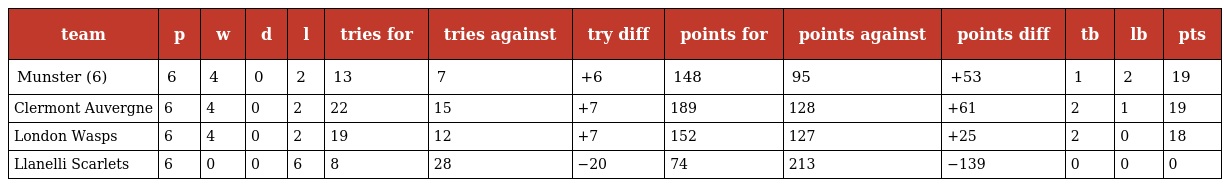
| team | p | w | d | l | tries for | tries against | try diff | points for | points against | points diff | tb | lb | pts |
 | --- | --- | --- | --- | --- | --- | --- | --- | --- | --- | --- | --- | --- | --- |
 | Munster (6) | 6 | 4 | 0 | 2 | 13 | 7 | +6 | 148 | 95 | +53 | 1 | 2 | 19 |
 | Clermont Auvergne | 6 | 4 | 0 | 2 | 22 | 15 | +7 | 189 | 128 | +61 | 2 | 1 | 19 |
 | London Wasps | 6 | 4 | 0 | 2 | 19 | 12 | +7 | 152 | 127 | +25 | 2 | 0 | 18 |
 | Llanelli Scarlets | 6 | 0 | 0 | 6 | 8 | 28 | −20 | 74 | 213 | −139 | 0 | 0 | 0 |